Civil Veterinary Department. Madras. Admin. report 1926-33 - 1926-1933
Year: 1926
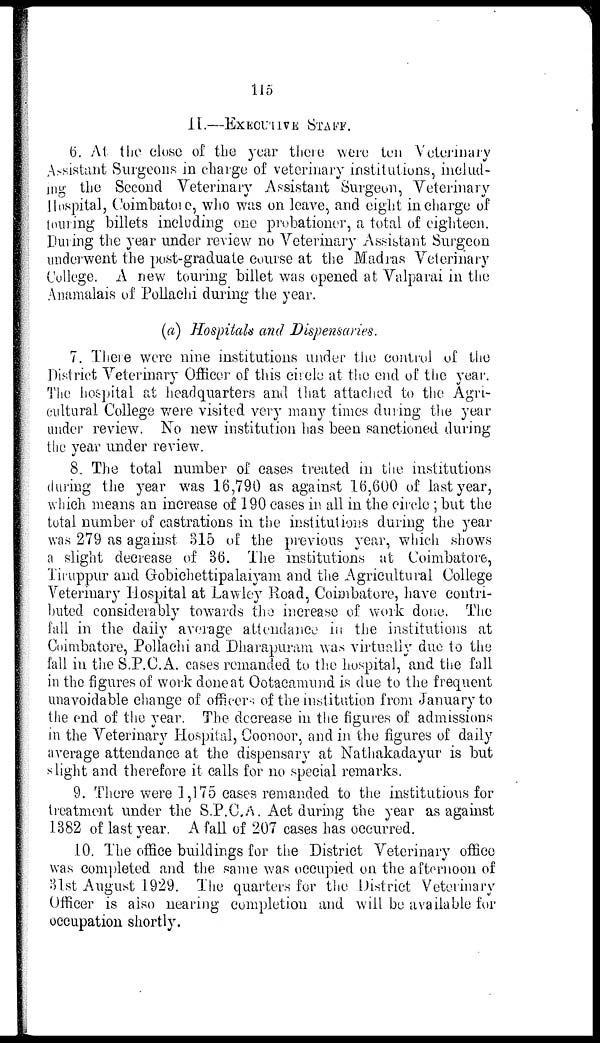
115
II.—EXECUTIVE STAFF.
6. At the close of the year there were ten Veterinary
Assistant Surgeons in charge of veterinary institutions, includ-
ing the Second Veterinary Assistant Surgeon, Veterinary
Hospital, Coimbatore, who was on leave, and eight in charge of
touring billets including one probationer, a total of eighteen.
During the year under review no Veterinary Assistant Surgeon
underwent the post-graduate course at the Madras Veterinary
College. A new touring billet was opened at Valparai in the
Anamalais of Pollachi during the year.
(a) Hospitals and Dispensaries.
7. There were nine institutions under the control of the
District Veterinary Officer of this circle at the end of the year.
The hospital at headquarters and that attached to the Agri-
cultural College were visited very many times dining the year
under review. No new institution has been sanctioned during
the year under review.
8. The total number of cases treated in the institutions
during the year was 16,790 as against 16,600 of last year,
which means an increase of 190 cases in all in the circle; but the
total number of castrations in the institutions during the year
was 279 as against 315 of the previous year, which shows
a slight decrease of 36. The institutions at Coimbatore,
Tiruppur and Gobichettipalaiyam and the Agricultural College
Veterinary Hospital at Lawley Road, Coimbatore, have contri-
buted considerably towards the increase of work done. The
fall in the daily average attendance in the institutions at
Coimbatore, Pollachi and Dharapuram was virtually due to the
fall in the S.P.C.A. cases remanded to the hospital, and the fall
in the figures of work done at Ootacamund is due to the frequent
unavoidable change of officers of the institution from January to
the end of the year. The decrease in the figures of admissions
in the Veterinary Hospital, Coonoor, and in the figures of daily
average attendance at the dispensary at Nathakadayur is but
slight and therefore it calls for no special remarks.
9. There were 1,175 cases remanded to the institutions for
treatment under the S.P.C.A. Act during the year as against
1382 of last year. A fall of 207 cases has occurred.
10. The office buildings for the District Veterinary office
was completed and the same was occupied on the afternoon of
31st August 1929. The quarters for the District Veterinary
Officer is also nearing completion and will be available for
occupation shortly.